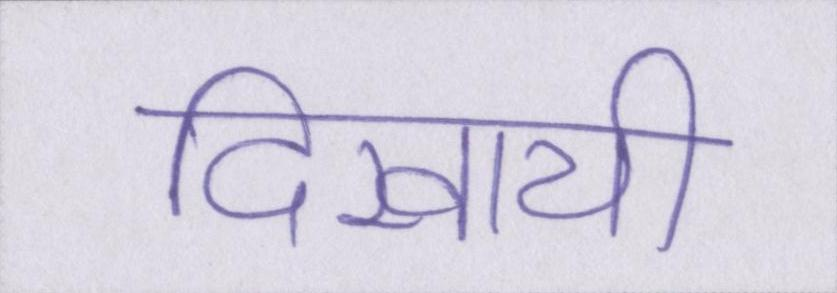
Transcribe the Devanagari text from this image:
दिखायी